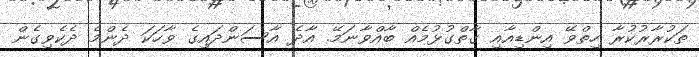
ތަކުރާރުކުރާ ހިތްވޭ އިންޑިއާއި ގާތްގުޅުމެއް ބާއްވާނަމޭ. އާދެ އާސަންދައިގެ ވާހަކަ ދެންމެ ދެކެވިގެން